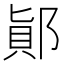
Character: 𨜭